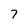
Character: 7